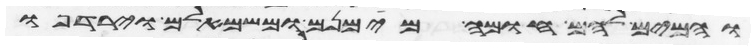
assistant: והמים להם חומה מימינם ומשמאלם וירדפו